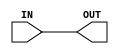
module GP_ABUF(input wire IN, output wire OUT);
	assign OUT = IN;
	parameter BANDWIDTH_KHZ = 1;
endmodule